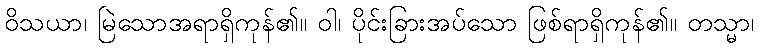
ဝိသယာ၊ မြဲသောအရာရှိကုန်၏။ ဝါ၊ ပိုင်းခြားအပ်သော ဖြစ်ရာရှိကုန်၏။ တသ္မာ၊